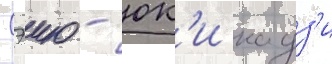
Сэию - юк'и кадз'и